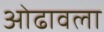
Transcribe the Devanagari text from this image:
ओढावला